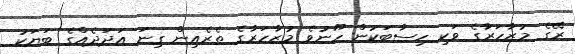
ރޭގެ މުޒާހަރާގެ ވަކި ހިސާބަކުން ހޫނުވެ މުޒާހަރާގެ ތެރެއިން ގިނަ އަދަދެއްގެ ބަޔަކު